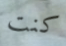
كنت